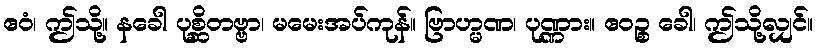
ဧဝံ၊ ဤသို့။ နခေါ ပုစ္ဆိတဗ္ဗာ၊ မမေးအပ်ကုန်။ ဗြာဟ္မဏ၊ ပုဏ္ဏား။ ဧဝဉ္စ ခေါ၊ ဤသို့လျှင်။